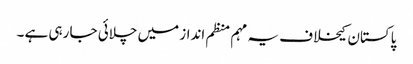
پاکستان کیخلاف یہ مہم منظم انداز میں چلائی جا رہی ہے ۔